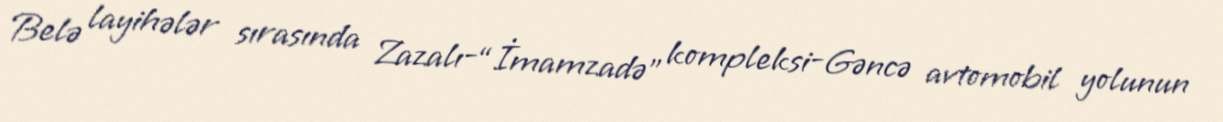
Belə layihələr sırasında Zazalı-“İmamzadə” kompleksi-Gəncə avtomobil yolunun